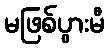
မဖြစ်ပွားမီ